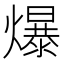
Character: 爆